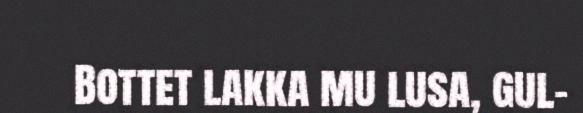
Bottet lakka mu lusa, gul-